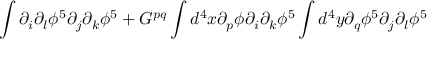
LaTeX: \int \partial _ { i } \partial _ { l } \phi ^ { 5 } \partial _ { j } \partial _ { k } \phi ^ { 5 } + G ^ { p q } \int d ^ { 4 } x \partial _ { p } \phi \partial _ { i } \partial _ { k } \phi ^ { 5 } \int d ^ { 4 } y \partial _ { q } \phi ^ { 5 } \partial _ { j } \partial _ { l } \phi ^ { 5 }